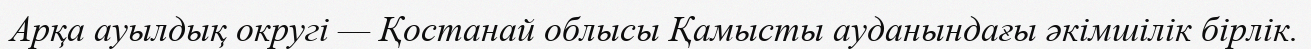
Арқа ауылдық округі — Қостанай облысы Қамысты ауданындағы әкімшілік бірлік.